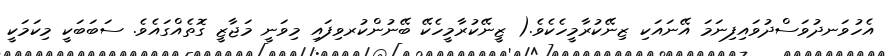
އެހުވަނދުވަސްދުވައިފިނަމަ އޭނައަކި ޒިނޭކުރާމީހެކެވެ.( ޒީނޭކުރާމީހެކޭ ބޭނުންކުރވިފައި މިވަނީ މަޖާޒީ ގޮތެއްގައެވެ. ސަބަބަކީ މިކަމަކީ